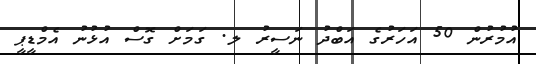
އުމުރުން 50 އަހަރުގެ އަބްދު ނަސީރު ލ. ގަމަށް ގޮސް އުޅުނު އެމްޑީޕީ